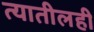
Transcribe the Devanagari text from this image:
त्यातीलही